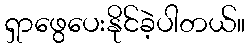
ရှာဖွေပေးနိုင်ခဲ့ပါတယ်။